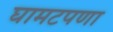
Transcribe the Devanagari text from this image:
घामटपणा